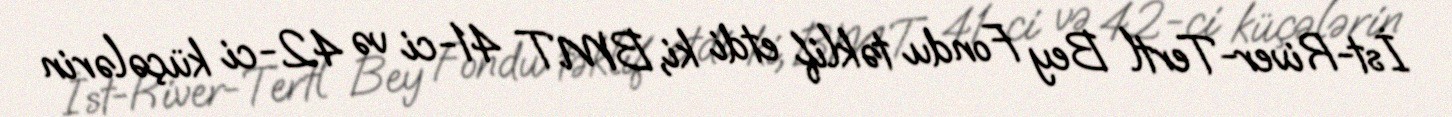
İst-River-Tertl Bey Fondu təklif etdi ki, BMT 41-ci və 42-ci küçələrin